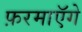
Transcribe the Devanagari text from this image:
फ़रमाएॅगे